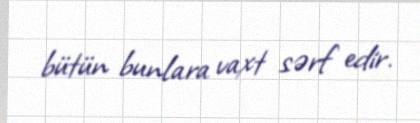
bütün bunlara vaxt sərf edir.